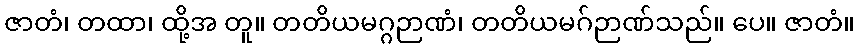
ဇာတံ၊ တထာ၊ ထို့အ တူ။ တတိယမဂ္ဂဉာဏံ၊ တတိယမဂ်ဉာဏ်သည်။ ပေ။ ဇာတံ။